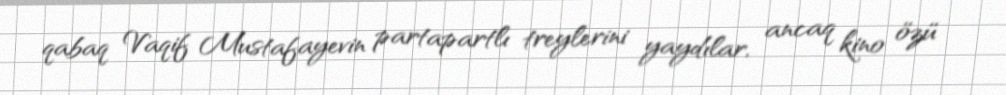
qabaq Vaqif Mustafayevin partapartlı treylerini yaydılar, ancaq kino özü